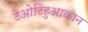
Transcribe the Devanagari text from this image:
टेओटिहुआकान